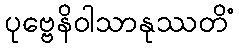
ပုဗ္ဗေနိဝါသာနုဿတိံ